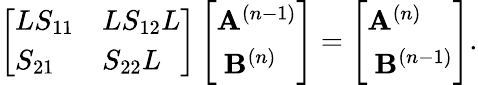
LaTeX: \left[\begin{array}{ll}{LS_{11}}&{LS_{12}L}\\ {S_{21}}&{S_{22}L}\end{array}\right]\left[\begin{array}{l}{\mathbf{A}^{(n-1)}}\\ {\ \mathbf{B}^{(n)}}\end{array}\right]=\left[\begin{array}{l}{\mathbf{A}^{(n)}}\\ {\ \mathbf{B}^{(n-1)}}\end{array}\right].